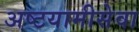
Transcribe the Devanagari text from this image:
अष्टयामीसेवा